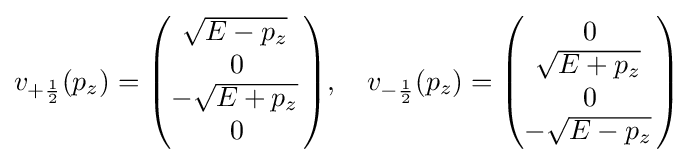
v_{+{\frac {1}{2}}}(p_{z})={\begin{pmatrix}{\sqrt {E-p_{z}}}\,\\0\\-{\sqrt {E+p_{z}}}\,\\0\end{pmatrix}},\quad v_{-{\frac {1}{2}}}(p_{z})={\begin{pmatrix}0\\{\sqrt {E+p_{z}}}\,\\0\\-{\sqrt {E-p_{z}}}\,\end{pmatrix}}